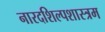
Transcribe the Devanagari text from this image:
नारदशिल्पशास्त्रम